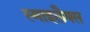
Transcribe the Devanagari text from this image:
स्माइलैक्स